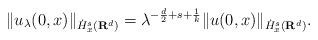
LaTeX: \begin{align*} \| u_{\lambda}(0,x) \|_{\dot{H}_{x}^{s}(\mathbf{R}^{d})} = \lambda^{-\frac{d}{2} + s + \frac{1}{k}} \| u(0, x) \|_{\dot{H}_{x}^{s}(\mathbf{R}^{d})}.\end{align*}